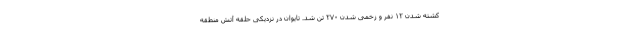
کشته شدن ۱۲ نفر و زخمی شدن ۲۷۰ تن شد. تایوان در نزدیکی حلقه آتش منطقه